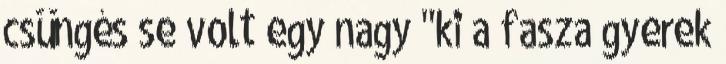
csüngés se volt egy nagy "ki a fasza gyerek